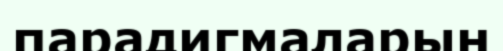
парадигмаларын